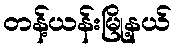
တန့်ယန်းမြို့နယ်